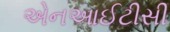
એનઆઈટીસી